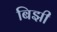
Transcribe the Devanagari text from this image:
बिझी